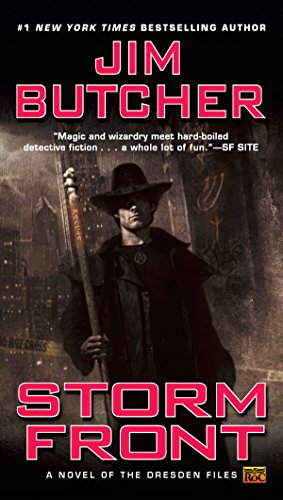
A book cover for Storm Front (Dresden Files); Jim Butcher; Science Fiction & Fantasy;